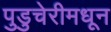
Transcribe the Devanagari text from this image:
पुडुचेरीमधून